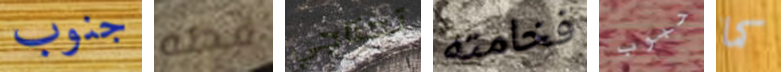
جنوب قطه تحتاجي فخامته حبوب كما